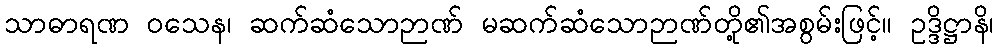
သာဓာရဏ ဝသေန၊ ဆက်ဆံသောဉာဏ် မဆက်ဆံသောဉာဏ်တို့၏အစွမ်းဖြင့်။ ဥဒ္ဒိဋ္ဌာနိ၊